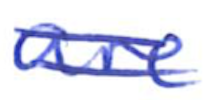
Text: are
Cross-out: double-line
Writing tool: ballpoint